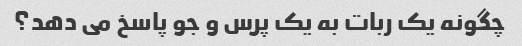
چگونه یک ربات به یک پرس و جو پاسخ می دهد؟